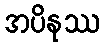
အပိနုဿ